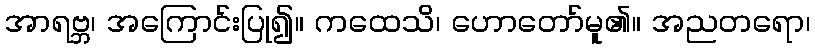
အာရဗ္ဘ၊ အကြောင်းပြု၍။ ကထေသိ၊ ဟောတော်မူ၏။ အညတရော၊